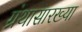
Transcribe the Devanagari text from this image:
ग्रंथासारख्या